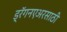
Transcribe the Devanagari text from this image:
ड्रॅगनएअरसाठी